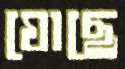
ঘোছে